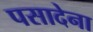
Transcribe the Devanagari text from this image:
पसादेना